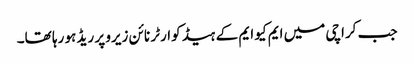
جب کراچی میں ایم کیو ایم کے ہیڈ کوارٹر نائن زیرو پر ریڈ ہو رہا تھا۔